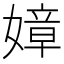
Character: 嫜